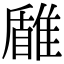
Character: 𩀐